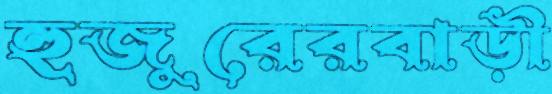
হুজুরেরবাড়ী